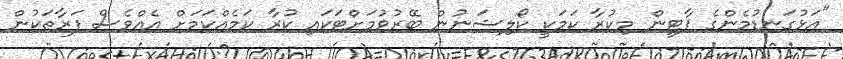
"އަޅުގަނޑުމެންގެ ޕާޓީން މިކުރާ ކަމަކީ ކޯލިޝަނުން ބޭރުވުމަށްޓަކައި ކުރާ ކަމެއްކަމަށް އެއްވެސް ފަރާތަކުން